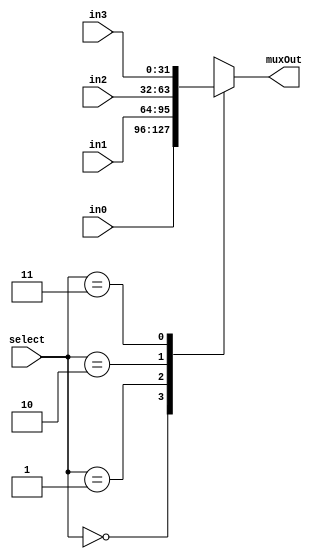
/*###################################################################################
Note: Please dont upload the assignments, template file/solution and lab. manual on GitHub or others public repository. 
It violates the BITSs Intellectual Property Rights (IPR).
************************************************************************************/

//IF select is 0 then muxout is in0. IF select is 1 then muxout is in1. 
module mux4to1_32bits(input [31:0] in0, input [31:0] in1, input [31:0] in2, input [31:0] in3, input [1:0] select, output reg [31:0] muxOut);
      //Write Your Code Here
	always@(in0, in1, in2, in3, select)
    begin
        case(select)
            2'b00: muxOut = in0;
            2'b01: muxOut = in1;
            2'b10: muxOut = in2;
            2'b11: muxOut = in3;
        endcase
    end
endmodule